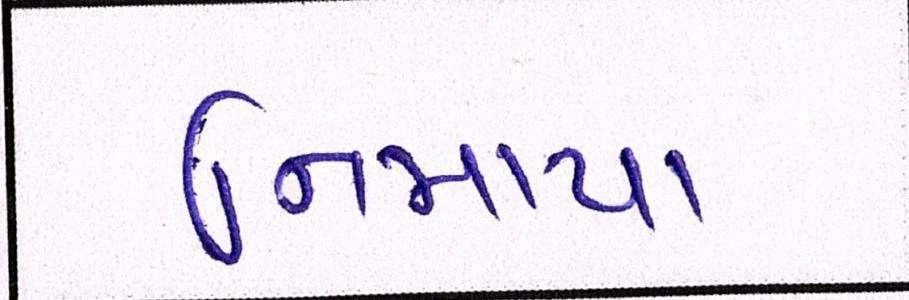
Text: નિમાયા